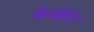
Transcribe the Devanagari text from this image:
केन्नेटि